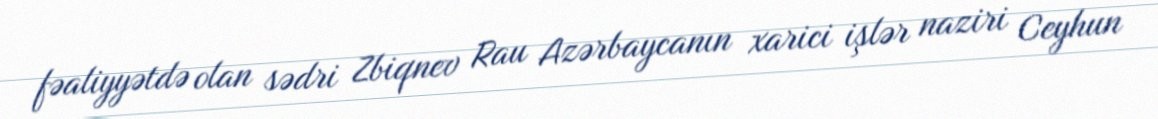
fəaliyyətdə olan sədri Zbiqnev Rau Azərbaycanın xarici işlər naziri Ceyhun